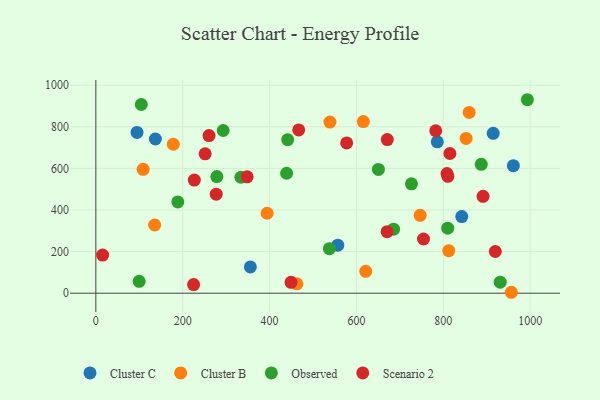
{"axis": {"x": "Distance", "y": "Fuel Efficiency"}, "legend": ["Cluster B", "Cluster C", "Observed", "Scenario 2"], "data": [{"x": "914.9", "y": 768.8, "type": "Cluster C"}, {"x": "786.1", "y": 728.0, "type": "Cluster C"}, {"x": "557.1", "y": 230.9, "type": "Cluster C"}, {"x": "355.8", "y": 126.3, "type": "Cluster C"}, {"x": "94.8", "y": 773.2, "type": "Cluster C"}, {"x": "842.5", "y": 368.3, "type": "Cluster C"}, {"x": "137.1", "y": 741.4, "type": "Cluster C"}, {"x": "961.3", "y": 613.2, "type": "Cluster C"}, {"x": "812.6", "y": 204.5, "type": "Cluster B"}, {"x": "539.0", "y": 822.6, "type": "Cluster B"}, {"x": "463.0", "y": 45.2, "type": "Cluster B"}, {"x": "108.9", "y": 595.4, "type": "Cluster B"}, {"x": "178.3", "y": 716.2, "type": "Cluster B"}, {"x": "615.9", "y": 825.2, "type": "Cluster B"}, {"x": "956.7", "y": 4.4, "type": "Cluster B"}, {"x": "852.5", "y": 744.0, "type": "Cluster B"}, {"x": "394.4", "y": 384.5, "type": "Cluster B"}, {"x": "135.4", "y": 327.8, "type": "Cluster B"}, {"x": "746.7", "y": 374.5, "type": "Cluster B"}, {"x": "859.6", "y": 869.4, "type": "Cluster B"}, {"x": "621.4", "y": 105.2, "type": "Cluster B"}, {"x": "887.4", "y": 619.6, "type": "Observed"}, {"x": "537.7", "y": 214.0, "type": "Observed"}, {"x": "726.7", "y": 525.8, "type": "Observed"}, {"x": "99.7", "y": 56.9, "type": "Observed"}, {"x": "439.2", "y": 576.7, "type": "Observed"}, {"x": "685.5", "y": 307.9, "type": "Observed"}, {"x": "278.6", "y": 560.7, "type": "Observed"}, {"x": "334.0", "y": 557.6, "type": "Observed"}, {"x": "650.6", "y": 595.0, "type": "Observed"}, {"x": "810.2", "y": 312.6, "type": "Observed"}, {"x": "104.6", "y": 907.4, "type": "Observed"}, {"x": "931.0", "y": 53.0, "type": "Observed"}, {"x": "293.2", "y": 782.2, "type": "Observed"}, {"x": "441.7", "y": 738.3, "type": "Observed"}, {"x": "993.6", "y": 930.3, "type": "Observed"}, {"x": "188.7", "y": 438.7, "type": "Observed"}, {"x": "348.3", "y": 559.6, "type": "Scenario 2"}, {"x": "226.8", "y": 543.8, "type": "Scenario 2"}, {"x": "815.2", "y": 671.8, "type": "Scenario 2"}, {"x": "277.2", "y": 476.1, "type": "Scenario 2"}, {"x": "260.6", "y": 757.8, "type": "Scenario 2"}, {"x": "782.6", "y": 781.0, "type": "Scenario 2"}, {"x": "891.5", "y": 465.7, "type": "Scenario 2"}, {"x": "577.5", "y": 722.6, "type": "Scenario 2"}, {"x": "810.5", "y": 561.8, "type": "Scenario 2"}, {"x": "808.6", "y": 575.4, "type": "Scenario 2"}, {"x": "467.1", "y": 785.1, "type": "Scenario 2"}, {"x": "671.1", "y": 738.8, "type": "Scenario 2"}, {"x": "251.7", "y": 670.0, "type": "Scenario 2"}, {"x": "449.4", "y": 52.3, "type": "Scenario 2"}, {"x": "754.4", "y": 260.5, "type": "Scenario 2"}, {"x": "670.6", "y": 295.6, "type": "Scenario 2"}, {"x": "15.6", "y": 183.5, "type": "Scenario 2"}, {"x": "919.8", "y": 200.4, "type": "Scenario 2"}, {"x": "225.1", "y": 41.5, "type": "Scenario 2"}]}